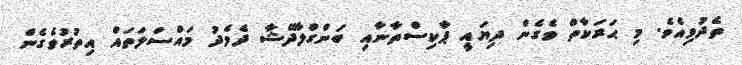
ތެދުވިއެވެ. މި ޙަރަކާތް ވެގެން ދިޔައީ ޕާކިސްތާނާއި ބަންގްލާދޭޝާ ދެމެދު މައްސަލަތައް އިތުރުވެގެން